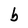
Character: b